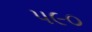
પ૯૦